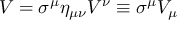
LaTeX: V = \sigma ^ { \mu } \eta _ { \mu \nu } V ^ { \nu } \equiv \sigma ^ { \mu } V _ { \mu }